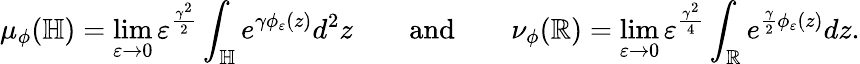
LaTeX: \mu_{\phi}(\mathbb H)=\operatorname*{lim}_{\varepsilon\to 0}\varepsilon^{\frac{\gamma^{2}}{2}}\int_{\mathbb H}e^{\gamma\phi_{\varepsilon}(z)}d^{2}z\qquad\mathrm{and}\qquad\nu_{\phi}(\mathbb R)=\operatorname*{lim}_{\varepsilon\to 0}\varepsilon^{\frac{\gamma^{2}}{4}}\int_{\mathbb R}e^{\frac{\gamma}{2}\phi_{\varepsilon}(z)}dz.